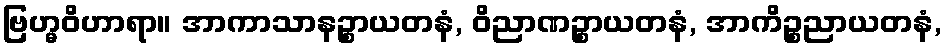
ဗြဟ္မဝိဟာရာ။ အာကာသာနဉ္စာယတနံ, ဝိညာဏဉ္စာယတနံ, အာကိဉ္စညာယတနံ,